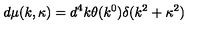
d \mu ( k , \kappa ) = d ^ { 4 } k \theta ( k ^ { 0 } ) \delta ( k ^ { 2 } + \kappa ^ { 2 } )